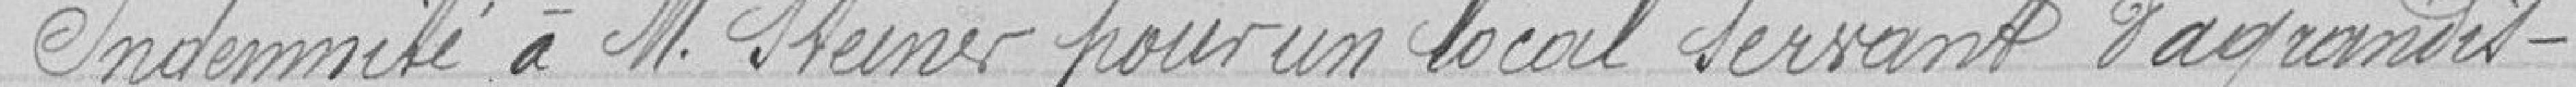
Indemnité à M. Steiner pour un local servant d'agrandis-